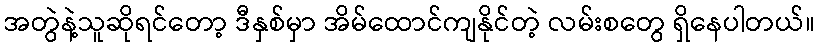
အတွဲနဲ့သူဆိုရင်တော့ ဒီနှစ်မှာ အိမ်ထောင်ကျနိုင်တဲ့ လမ်းစတွေ ရှိနေပါတယ်။